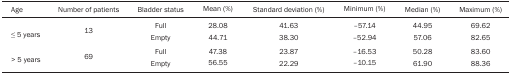
<table><thead><tr><td><b>Age</b></td><td><b>Number of patients</b></td><td><b>Bladder status</b></td><td><b>Mean (%)</b></td><td><b>Standard deviation (%)</b></td><td><b>Minimum (%)</b></td><td><b>Median (%)</b></td><td><b>Maximum (%)</b></td></tr></thead><tbody><tr><td rowspan="2">≤ 5 years</td><td rowspan="2">13</td><td>Full</td><td>28.08</td><td>41.63</td><td>-57.14</td><td>44.95</td><td>69.62</td></tr><tr><td>Empty</td><td>44.71</td><td>38.30</td><td>-52.94</td><td>57.06</td><td>82.65</td></tr><tr><td rowspan="2">&gt; 5 years</td><td rowspan="2">69</td><td>Full</td><td>47.38</td><td>23.87</td><td>-16.53</td><td>50.28</td><td>83.60</td></tr><tr><td>Empty</td><td>56.55</td><td>22.29</td><td>-10.15</td><td>61.90</td><td>88.36</td></tr></tbody></table>